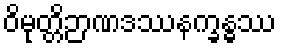
ဝိမုတ္တိဉာဏဒဿနက္ခန္ဓဿ